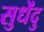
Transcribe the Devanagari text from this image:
सुधेंदु